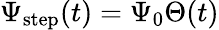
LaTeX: \Psi_{\mathrm{step}}(t)=\Psi_{0}\Theta(t)